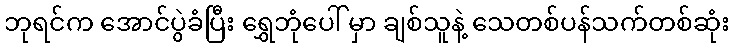
ဘုရင်က အောင်ပွဲခံပြီး ရွှေဘုံပေါ် မှာ ချစ်သူနဲ့ သေတစ်ပန်သက်တစ်ဆုံး